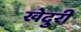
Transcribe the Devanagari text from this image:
खेदुरी